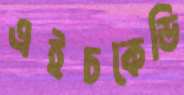
এইচকেডি